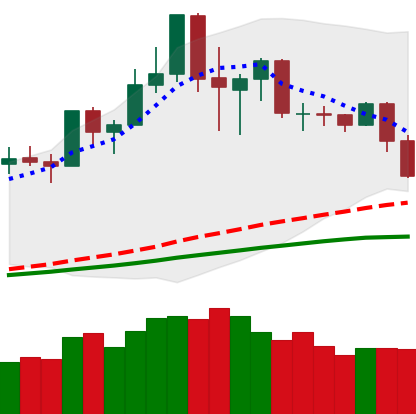
Ticker: NEO-USD
Chart end date: 2020-02-25
Forward return: -8.618%
Label: down_7plus